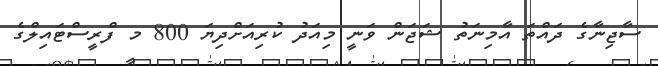
ސާޖިނާގެ ދައްތަ އާމިނަތު ޝަޖަން ވަނީ މިއަދު ކުރިއަށްދިޔަ 800 މ ފްރީސްޓައިލްގެ